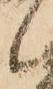
候